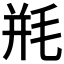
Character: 𰚗